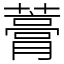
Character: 𧀎